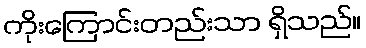
ကိုးကြောင်းတည်းသာ ရှိသည်။